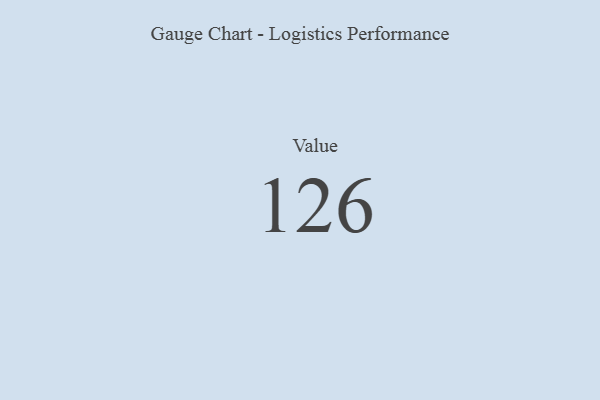
{"axis": {"x": "Metric", "y": "Value"}, "legend": [""], "data": [{"x": "Value", "y": 126, "type": ""}]}